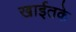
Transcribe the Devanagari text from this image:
खाईतके